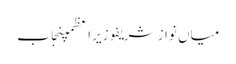
میاں نواز شریفوزیراعظمپنجاب